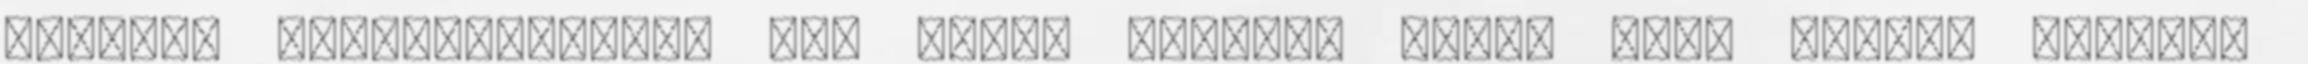
otthoni kenyérsütésnek egy csomó kérdése merül fel. Milyen lisztet